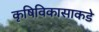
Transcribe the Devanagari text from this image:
कृषिविकासाकडे